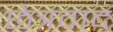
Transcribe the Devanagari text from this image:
छेत्रवाद